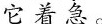
它着急。